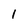
Character: 1